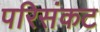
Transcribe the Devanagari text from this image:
परिसंकट